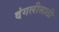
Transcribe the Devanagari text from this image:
दंगलीसाठी